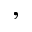
,